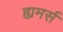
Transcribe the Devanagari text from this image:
ह्यमर्स